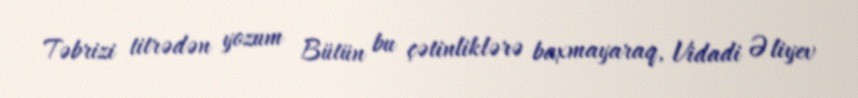
Təbrizi titrədən yozum Bütün bu çətinliklərə baxmayaraq, Vidadi Əliyev